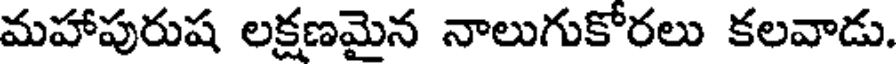
మహాపురుష లక్షణమైన నాలుగుకోరలు కలవాడు.